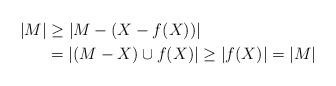
LaTeX: \begin{align*}|M| &\geq |M-(X-f(X))| \\& = |(M-X)\cup f(X)| \geq |f(X)| = |M|\end{align*}